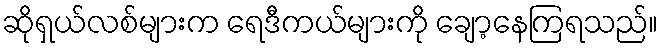
ဆိုရှယ်လစ်များက ရေဒီကယ်များကို ချော့နေကြရသည်။